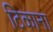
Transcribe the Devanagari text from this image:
टिकाना